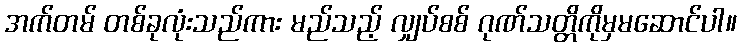
အက်တမ် တစ်ခုလုံးသည်ကား မည်သည့် လျှပ်စစ် ဂုဏ်သတ္တိကိုမှမဆောင်ပါ။